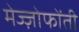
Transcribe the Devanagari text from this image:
मेज्ज़ोफोंती